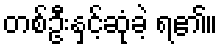
တစ်ဦးနှင့်ဆုံခဲ့ ရ၏။